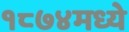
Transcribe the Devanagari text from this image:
१८७४मध्ये